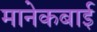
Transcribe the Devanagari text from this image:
मानेकबाई